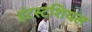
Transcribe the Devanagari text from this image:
इंटस्टशियल